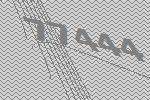
77444